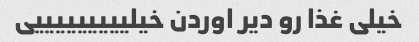
خیلی غذا رو دیر اوردن خیلیییییییییی